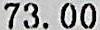
73.00